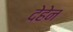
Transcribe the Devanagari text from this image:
देहेन